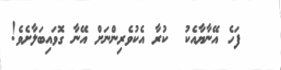
١٧   ފަހެ އޭނާޔާއެކު  ކުރާ އެކުވެރިންނަށް އޭނާ ގޮވައިބަލާށެވެ!